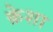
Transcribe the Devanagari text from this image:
क्रेशा